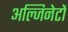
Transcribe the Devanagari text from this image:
अल्जिनेटों